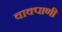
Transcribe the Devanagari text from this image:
वाक्पाणी